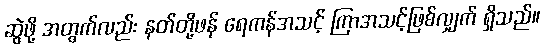
ဆွဲဖို့ အတွက်လည်း နတ်တို့ဖန် ရေကန်အသင့် ကြာအသင့်ဖြစ်လျှက် ရှိသည်။